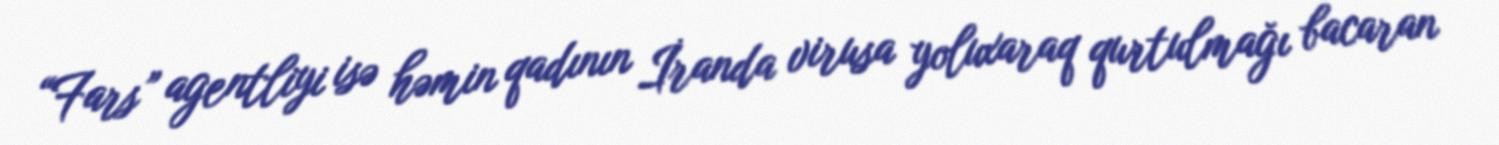
“Fars” agentliyi isə həmin qadının İranda virusa yoluxaraq qurtulmağı bacaran